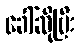
ခေါ်ဆိုပြီး